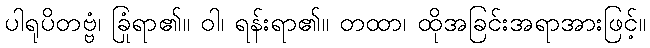
ပါရုပိတဗ္ဗံ၊ ခြုံရာ၏။ ဝါ၊ ရန်းရာ၏။ တထာ၊ ထိုအခြင်းအရာအားဖြင့်။